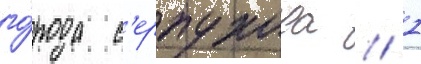
го́рода с'ерпухова // 1